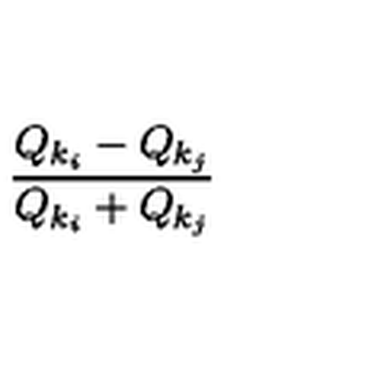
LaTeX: { \frac { Q _ { k _ { i } } - Q _ { k _ { j } } } { Q _ { k _ { i } } + Q _ { k _ { j } } } }